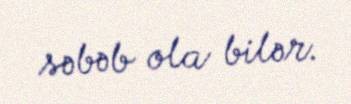
səbəb ola bilər.